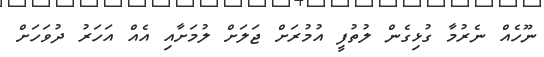
ނޫހެއް ނެރުމާ ގުޅިގެން ލުތުފީ އުމުރަށް ޖަލަށް ލުމަށާއި އެއް އަހަރު ދުވަހަށް